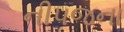
નીપજના